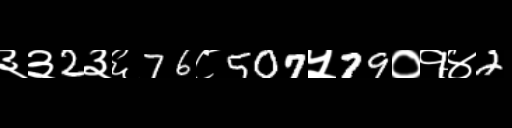
Text: ३३2३६76८507५79०१४2